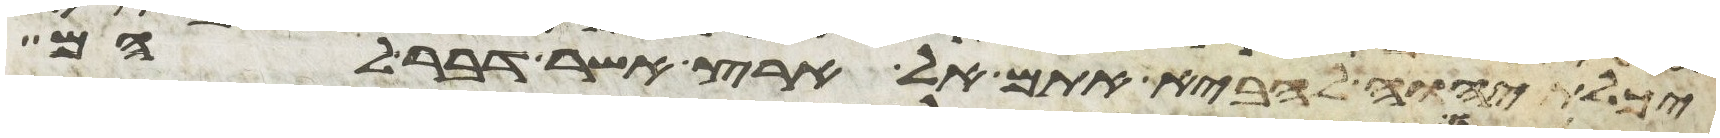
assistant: יכלת יהוה להביא אתם אל הארץ אשר דבר להם